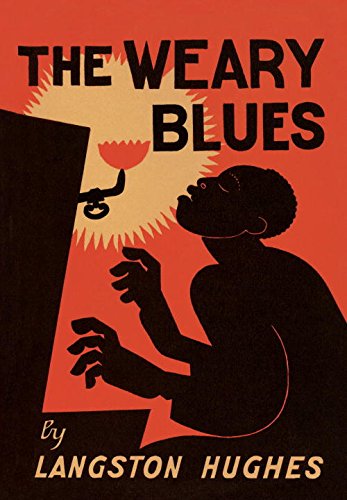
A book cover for The Weary Blues; Langston Hughes; Literature & Fiction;